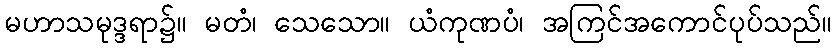
မဟာသမုဒ္ဒရာ၌။ မတံ၊ သေသော။ ယံကုဏပံ၊ အကြင်အကောင်ပုပ်သည်။